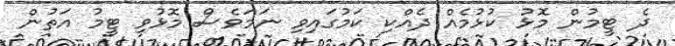
ދެ ޓީމުން މޮޅު ކުޅުމެއް ދެއްކި ކަމުގައިވި ނަމަވެސް މޮޅުވި ޓީމު އަތުން